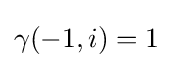
\gamma (-1,i)=1\,\!